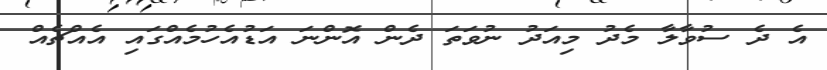
އެ ދެ ސުވާލާ މެދު މިއަދު ނުވަތަ ދެން އޮންނަ އަޑުއެހުމެއްގައި އެއްޗެއް